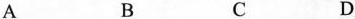
A B C D